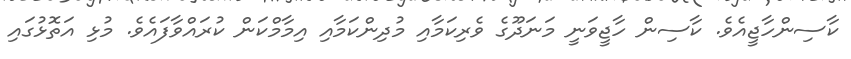
ކާސިންހާޖީއެވެ. ކާސިން ހާޖީވަނީ މަނަދޫގެ ވެރިކަމާއި މުދިންކަމާއި އިމާމްކަން ކުރައްވާފައެވެ. މުޅި އަތޮޅުގައި